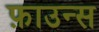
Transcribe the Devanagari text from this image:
फ़ाउन्स